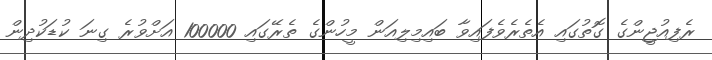
ރެފިއުޖީންގެ ގޮތުގައި އެތެރެވެފައިވާ ބައިމިލިއަން މީހުންގެ ތެރޭގައި 100000 އަށްވުރެ ގިނަ ކުޑަކުދިން